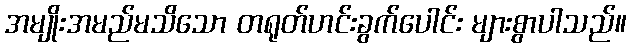
အမျိုးအမည်မသိသော တရုတ်ဟင်းခွက်ပေါင်း များစွာပါသည်။